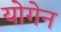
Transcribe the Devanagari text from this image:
योगेन